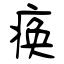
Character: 痪